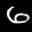
Label: 6